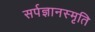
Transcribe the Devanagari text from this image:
सर्पज्ञानस्मृति